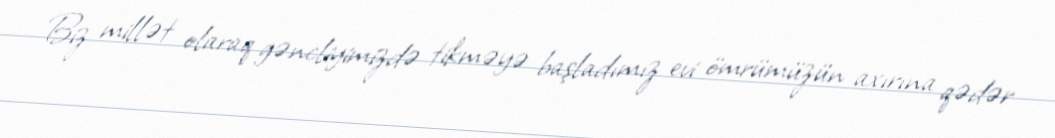
Biz millət olaraq gəncliyimizdə tikməyə başladımız evi ömrümüzün axırına qədər